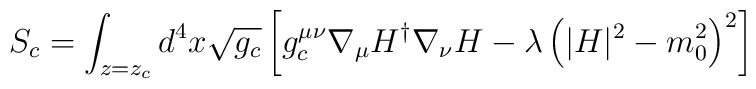
S_c                  =           \int_{z=z_c}                d^4x\sqrt{g_c}\left[g_{c}^{\mu\nu}\nabla_{\mu}H^{\dagger}\nabla_{\nu}H-\lambda\left(|H|^2-m_0^2\right)^2\right]